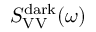
S _ { \mathrm { V V } } ^ { \mathrm { d a r k } } ( \omega )